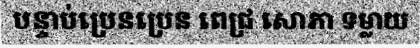
បន្ទាប់ប្រេនប្រេន ពេជ្រ សោភា ទម្លាយ